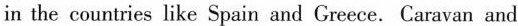
in the countries like Spain and Green.Caravan and